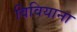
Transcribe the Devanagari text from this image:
विवियाना